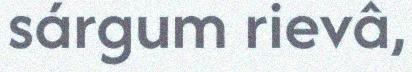
sárgum rievâ,